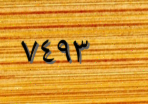
٧٤٩٣